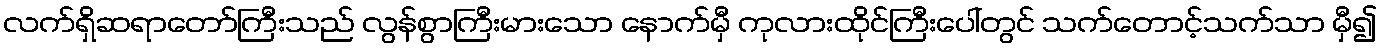
လက်ရှိဆရာတော်ကြီးသည် လွန်စွာကြီးမားသော နောက်မှီ ကုလားထိုင်ကြီးပေါ်တွင် သက်တောင့်သက်သာ မှီ၍